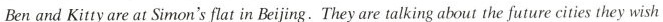
Ben and Kitty are at Simon's flat in Beijing. They are talking about the future cities they wish